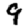
Digit: 9